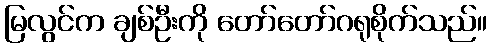
မြလွင်က ချစ်ဦးကို တော်တော်ဂရုစိုက်သည်။